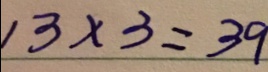
1 3 \times 3 = 3 9